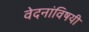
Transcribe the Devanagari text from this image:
वेदनांविषयी